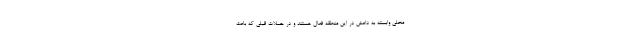
محلی وابسته به داعش در این منطقه فعال هستند و در حملات قبلی که باعث